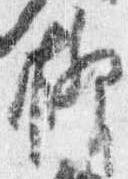
柳